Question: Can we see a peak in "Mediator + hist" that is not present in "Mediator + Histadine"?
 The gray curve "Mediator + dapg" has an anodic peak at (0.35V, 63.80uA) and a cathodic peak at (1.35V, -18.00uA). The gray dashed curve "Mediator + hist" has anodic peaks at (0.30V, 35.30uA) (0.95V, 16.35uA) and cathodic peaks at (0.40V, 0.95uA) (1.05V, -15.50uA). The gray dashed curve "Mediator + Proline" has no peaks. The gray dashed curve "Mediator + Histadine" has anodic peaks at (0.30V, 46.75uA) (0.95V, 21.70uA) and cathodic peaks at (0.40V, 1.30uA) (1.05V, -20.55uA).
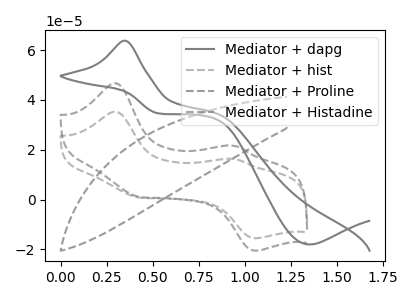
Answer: <think>All the peaks in "Mediator + hist" have a peak in "Mediator + Histadine" at the same potential.
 </think>
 <answer>No, "Mediator + hist" and "Mediator + Histadine" don't appear to be significantly different in shape</answer>
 <eval>no_change</eval>